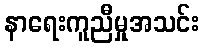
နာရေးကူညီမှုအသင်း